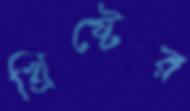
খ্রিষ্টের